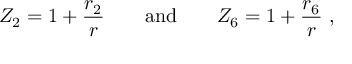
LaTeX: Z _ { 2 } = 1 + \frac { r _ { 2 } } { r } \qquad \mathrm { a n d } \qquad Z _ { 6 } = 1 + \frac { r _ { 6 } } { r } \ ,